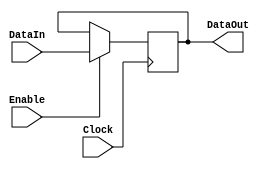
module regn(DataIn, Clock, Enable, DataOut);
	parameter n = 9;
	input [n-1:0]DataIn;
	input Clock, Enable;
	output reg [n-1:0]DataOut;
	
	always@(posedge Clock)
		if(Enable)
			DataOut <= DataIn;

endmodule